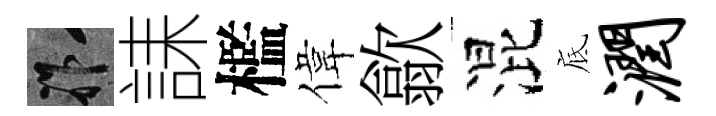
祚誄檻偉歙混底润